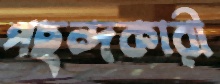
পছন্দকারী